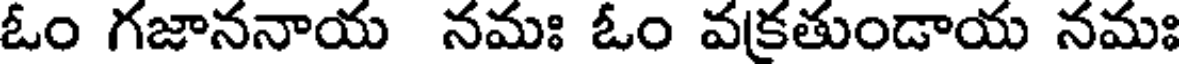
ఓం గజాననాయ నమః ఓం వక్రతుండాయ నమః